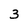
Character: 3